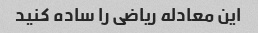
این معادله ریاضی را ساده کنید